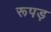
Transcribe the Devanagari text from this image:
रूपड़